Civil Veterinary Dept. Bombay admin report 1893-99 - 1893-1899
Year: 1893
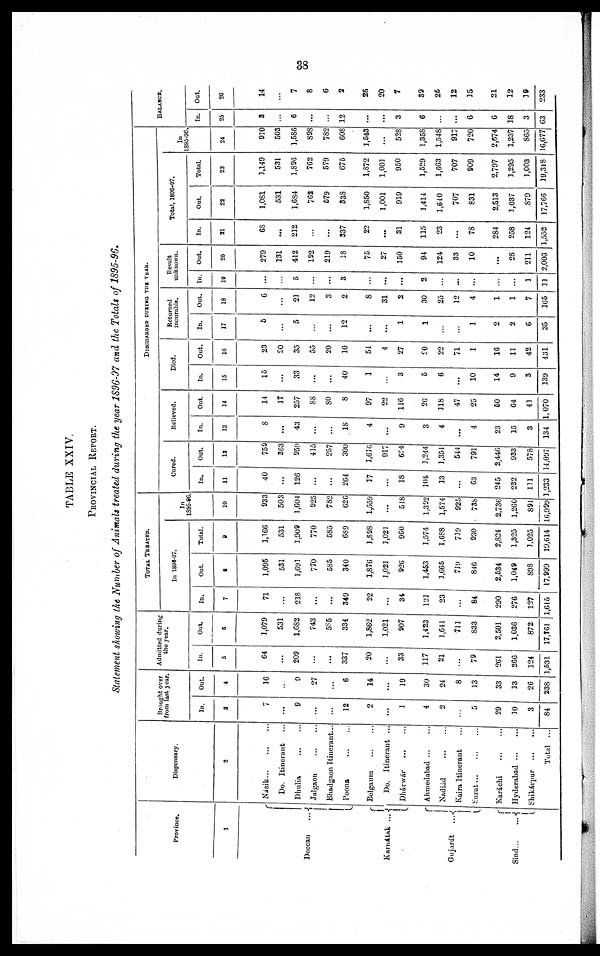
38
TABLE XXIV.
PROVINCIAL REPORT.
Statement showing the Number of Animals treated during the year 1896-97 and the Totals of 1895-96.
Province.
1
Decean...
Karnátak...
Gujarát . ...
Sind...
..
Dispensary.
2
Nasik...
...
...
Do. Itinerant
Dhulia
...
...
Jalgaon
...
...
Bhadgaon Itinerant...
Poona
...
...
Belgaum ... ...
Do. Itinerant ...
Dhárwár ... ...
Ahmedabad...
...
Nadiád
...
...
Kaira Itinerant ...
Surat...
...
...
Karáchi
...
...
Hyderabad
...
...
Shikárpur
...
...
Total ...
Brought over
from last year.
In.
3
7
...
9
...
...
12
2
...
1
4
2
...
5
29
10
3
84
Out.
4
16
...
9
27
...
6
14
...
19
30
24
8
13
33
13
26
238
Admitted during
the year.
In.
5
64
...
209
...
...
337
20
...
33
117
21
...
79
261
266
124
1,531
Out.
6
1,079
531
1,682
743
585
334
1,862
1,021
907
1,423
1,641
711
833
2,501
1,036
872
17,761
TOTAL TREATED.
In 1896-97.
In.
7
71
...
218
...
...
349
22
...
34
121
23
...
84
290
276
127
1,615
Out.
8
1,095
531
1,691
770
585
340
1,876
1,021
926
1,453
1,665
719
846
2,534
1,049
898
17,999
Total.
9
1,166
531
1,909
770
585
689
1,898
1,021
960
1,574
1,688
719
930
2,824
1,325
1,025
19,614
In
1895-96
10
933
503
1,604
925
782
626
1,559
...
518
1,392
1,574
925
738
2,736
1,260
891
16,999
DISCHARGED DURING THE YEAR.
Cured.
In.
11
40
...
126
...
...
264
17
...
18
104
13
...
63
245
232
111
1,233
Out.
13
759
363
959
415
257
300
1,616
917
624
1,244
1,351
544
791
2,446
933
578
14,097
Relieved.
In.
13
8
...
43
...
...
18
4
...
9
3
4
...
4
23
15
3
134
Out.
14
14
17
257
88
80
8
97
22
116
26
118
47
25
50
64
41
1,070
Died.
In.
15
15
...
33
...
...
40
1
...
3
5
6
...
10
14
9
3
139
Out.
16
23
90
35
55
20
10
54
4
27
20
22
71
1
16
11
42
431
Returned
incurable.
In.
17
5
...
5
...
...
12
...
...
1
1
...
...
1
2
2
6
35
Out.
18
6
...
21
12
3
2
8
31
2
30
25
12
4
1
1
7
165
Result
unknown.
In.
19
...
...
5
...
...
3
...
...
...
2
...
...
...
...
...
1
11
Out.
20
279
131
412
192
219
18
75
27
150
94
124
33
10
...
28
211
2,003
Total, 1896-97.
In.
31
68
...
212
...
...
337
22
...
31
115
23
...
78
284
258
124
1,552
Out.
22
1,081
531
1,684
762
579
338
1,850
1,001
919
1,414
1,640
707
831
2,513
1,037
879
17,766
Total.
23
3,149
531
1,896
762
579
675
1,872
1,001
950
1,529
1,663
707
909
2,797
3,295
1,003
19,318
In
1895-96.
24
930
503
1,586
898
782
608
3,543
...
528
1,358
1,548
917
720
2,074
1,237
865
16,677
BALANCE.
In.
25
3
...
6
...
...
12
...
...
3
6
...
...
6
6
18
3
63
Out.
26
14
...
7
8
6
2
26
20
7
39
25
12
15
21
12
39
233